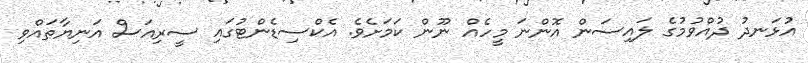
އުޅަނދު ދުއްވުމުގެ ލައިސަން އޮންނަ މީހެއް ނޫން ކަމަށެވެ. އެކްސިޑެންޓުގައި ސީރިއަސް އަނިޔާތައްވި